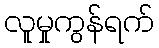
လူမှုကွန်ရက်